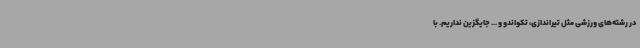
در رشته‌های ورزشی مثل تیراندازی، تکواندو و ... جایگزین نداریم. با